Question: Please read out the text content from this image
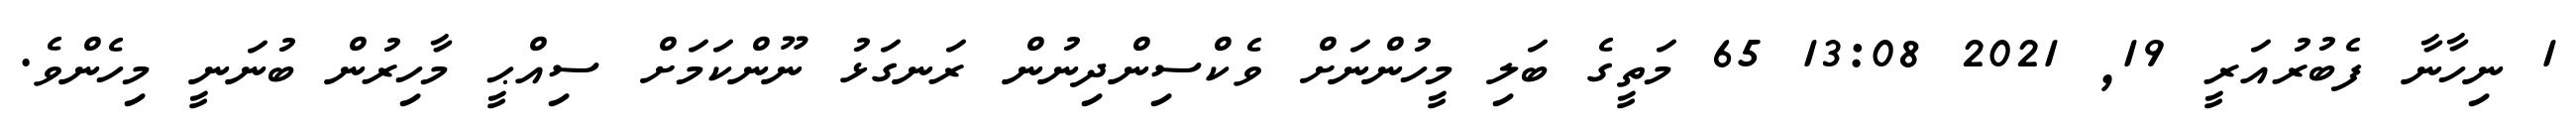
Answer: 1 ނިހާނާ ފެބުރުއަރީ 19, 2021 13:08 65 މަތީގެ ބަލި މީހުންނަށް ވެކްސިންދިނުން ރަނގަޅު ނޫންކަމަށް ސިއްޙީ މާހިރުން ބުނަނީ މިހެންވެ.